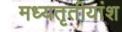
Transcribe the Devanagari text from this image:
मध्यतृतीयांश